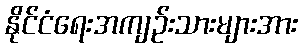
နိုင်ငံရေးအကျဉ်းသားများအား